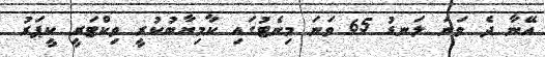
އޭނާ ދެ ވަނަ ލަނޑު 65 ވަނަ މިނެޓުގައި ކާމިޔާބުކުރީ ވިކްޓަރީ ކީޕަރު